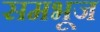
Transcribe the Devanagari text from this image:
समभूज